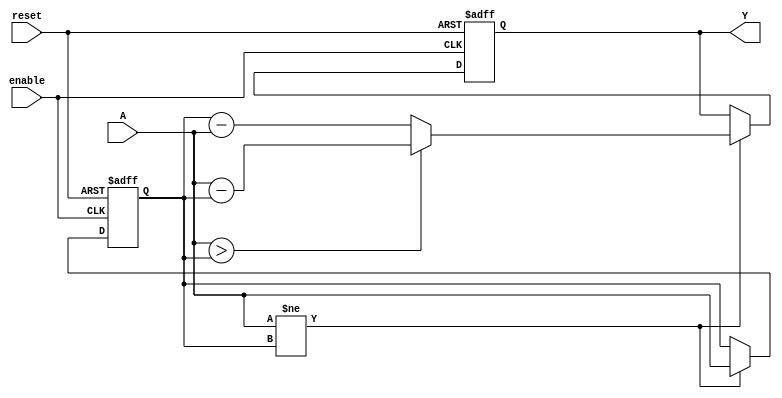
module relative_encoder #(
    parameter N = 4, // Number of bits for binary input
    parameter M = 4  // Number of bits for BCD output
)(
    input wire [N-1:0] A,        // n-bit binary input
    input wire reset,             // Reset signal
    input wire enable,            // Enable signal for the encoder
    output reg [M-1:0] Y         // m-bit BCD output
);

    reg [N-1:0] previous_state;   // To hold the previous state of the input

    always @(posedge reset or posedge enable) begin
        if (reset) begin
            Y <= 0;                // Reset BCD output to 0
            previous_state <= 0;   // Reset previous state to 0
        end else begin
            if (A != previous_state) begin
                // Compute the difference and encode to BCD
                // Assuming A is less than or equal to 9 for BCD encoding
                // Calculate the difference
                if (A > previous_state) begin
                    Y <= A - previous_state; // Update Y with the difference
                end else begin
                    Y <= previous_state - A; // Update Y with the difference
                end
                previous_state <= A; // Update previous state
            end
        end
    end

endmodule